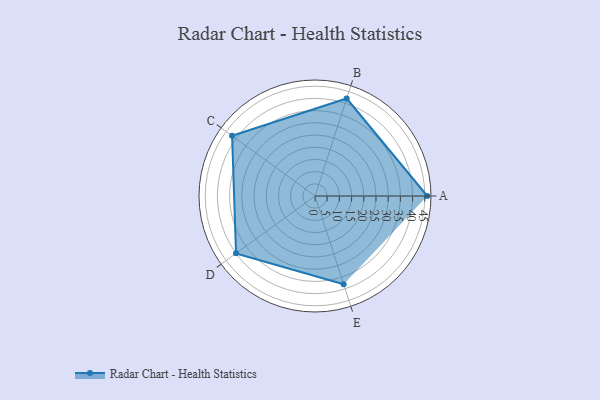
{"axis": {"x": "Skill", "y": "Score"}, "legend": ["Profile"], "data": [{"x": "A", "y": 46.0, "type": "Profile"}, {"x": "B", "y": 42.0, "type": "Profile"}, {"x": "C", "y": 42.0, "type": "Profile"}, {"x": "D", "y": 40.0, "type": "Profile"}, {"x": "E", "y": 38.0, "type": "Profile"}]}